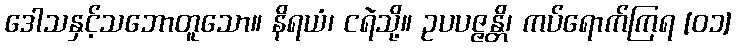
ဒေါသနှင့်သဘောတူသော။ နိရယံ၊ ငရဲသို့။ ဥပပဇ္ဇန္တိ၊ ကပ်ရောက်ကြရ [၀၁]